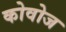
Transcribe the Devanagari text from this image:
कोवोज